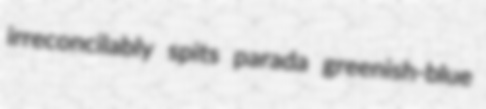
irreconcilably spits parada greenish-blue